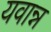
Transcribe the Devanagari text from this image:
यवान्न